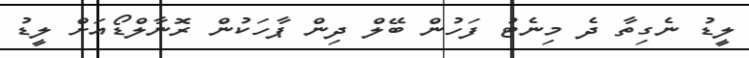
ލީޑު ނެގިތާ ދެ މިނެޓު ފަހުން ބޭލް ދިން ޕާހަކުން ރޮނާލްޑޯއަށް ލީޑު